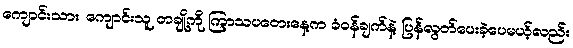
ကျောင်းသား၊ ကျောင်းသူ တချို့ကို ကြာသပတေးနေ့က ခံဝန်ချက်နဲ့ ပြန်လွတ်ပေးခဲ့ပေမယ့်လည်း